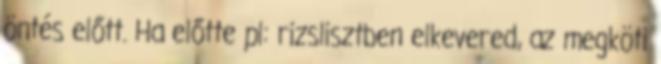
öntés előtt. Ha előtte pl: rizslisztben elkevered, az megköti